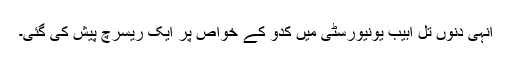
انہی دنوں تل ابیب یونیورسٹی میں کدّو کے خواص پر ایک ریسرچ پیش کی گئی۔